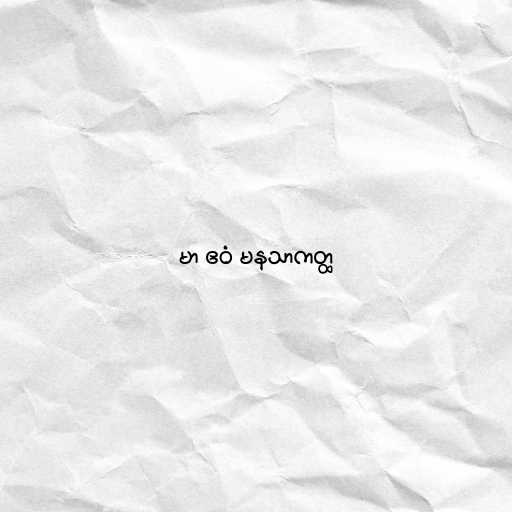
မာ ဧဝံ မနသာကတ္ထ